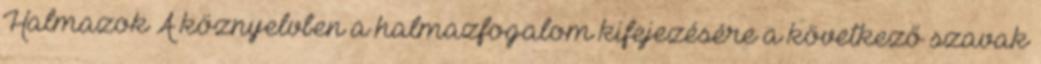
Halmazok A köznyelvben a halmazfogalom kifejezésére a következő szavak